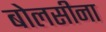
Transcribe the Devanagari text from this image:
बोलसीना